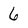
Character: 6